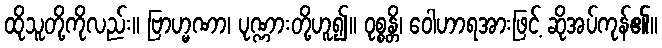
ထိုသူတို့ကိုလည်း။ ဗြာဟ္မဏာ၊ ပုဏ္ဏားတို့ဟူ၍။ ဝုစ္စန္တိ၊ ဝေါဟာရအားဖြင့် ဆိုအပ်ကုန်၏။